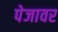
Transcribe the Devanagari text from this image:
पेजावर